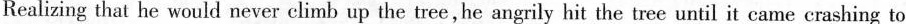
Realizing that he would never climb up the tree,he angrily hit the tree until it came crashing to